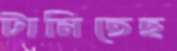
টানিতেছ